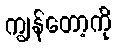
ကျွန်တော့ကို